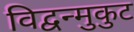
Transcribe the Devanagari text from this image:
विद्वन्मुकुट